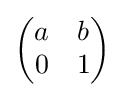
{\begin{pmatrix}a&b\\0&1\end{pmatrix}}